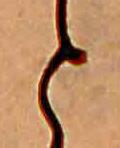
と